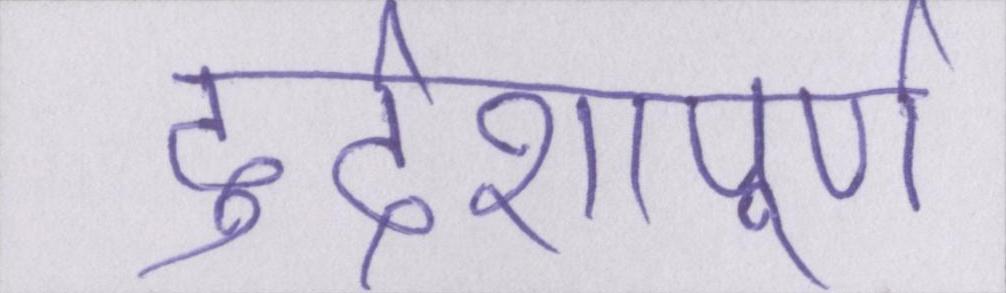
दुर्दशापूर्ण